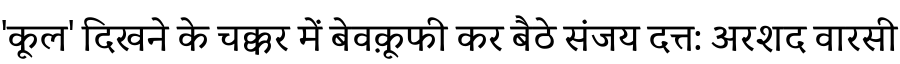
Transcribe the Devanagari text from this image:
'कूल' दिखने के चक्कर में बेवक़ूफी कर बैठे संजय दत्त: अरशद वारसी